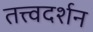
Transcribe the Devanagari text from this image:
तत्त्वदर्शन